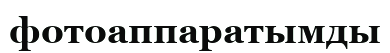
фотоаппаратымды